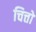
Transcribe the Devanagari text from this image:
चित्तो